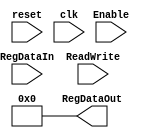

// ReadWrite bit selects whether we read or write to memory
// ReadWrite is high means that we read at falling edge of clock, low means write at rising edge of clock


`timescale 1ns / 1ns

module register1 (RegDataOut, RegDataIn, Enable, ReadWrite, reset, clk);

input wire 	Enable, ReadWrite,reset, clk;
input wire	[255:0] RegDataIn;
output reg	[255:0] RegDataOut;

always @ (reset == 1)
	begin
		RegDataOut = 0;
	end

reg		[255:0] MemArray;

always @ (negedge clk)  

	if (Enable)	
		begin
			if(ReadWrite)
				begin
					RegDataOut = MemArray;  	// if ReadWrite is high we read at negitive edge of clock
				end
		end
		
always @ (posedge clk)

	if (Enable)	
		begin
			if(!ReadWrite)
				begin
					MemArray = RegDataIn;   	// if ReadWrite is low we write at positive edge of clock
				end								
		end                                     	

endmodule